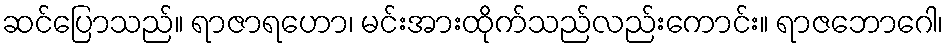
ဆင်ပြောသည်။ ရာဇာရဟော၊ မင်းအားထိုက်သည်လည်းကောင်း။ ရာဇဘောဂေါ၊